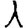
Digit: 1